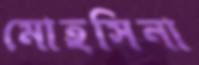
মোহসিনা